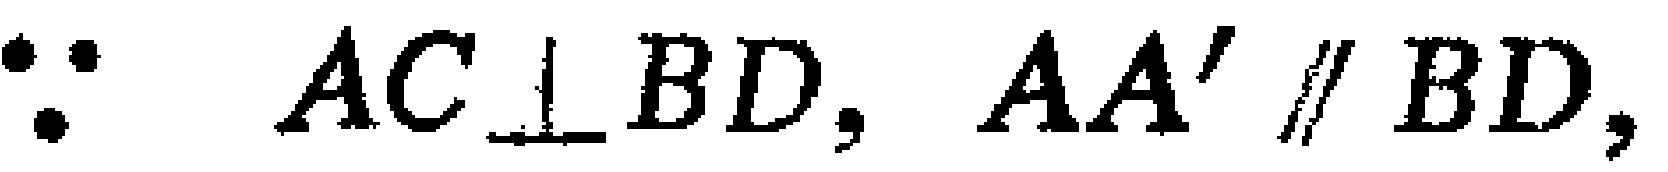
$\because AC\perp BD, AA'\parallel BD,$